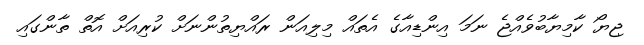
ޖިޔޯ ކާމިޔާބުވެއްޖެ ނަމަ އިންޑިއާގެ އެތައް މިލިއަން ރައްޔިތުންނަށް ކުރިއަށް އޮތް ތާންގައި